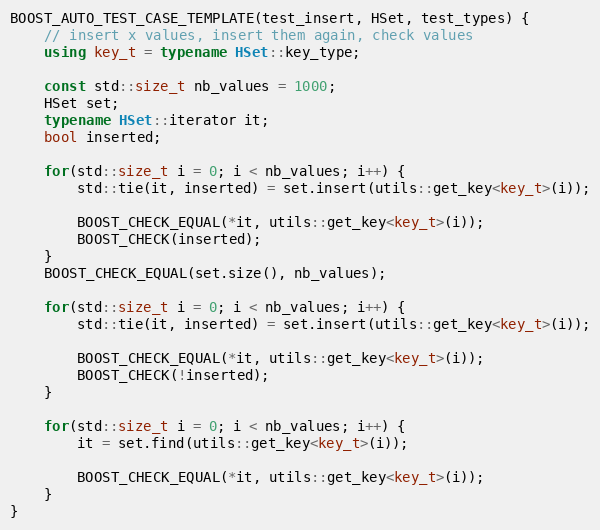
Language: C++
BOOST_AUTO_TEST_CASE_TEMPLATE(test_insert, HSet, test_types) {
    // insert x values, insert them again, check values
    using key_t = typename HSet::key_type;

    const std::size_t nb_values = 1000;
    HSet set;
    typename HSet::iterator it;
    bool inserted;

    for(std::size_t i = 0; i < nb_values; i++) {
        std::tie(it, inserted) = set.insert(utils::get_key<key_t>(i));

        BOOST_CHECK_EQUAL(*it, utils::get_key<key_t>(i));
        BOOST_CHECK(inserted);
    }
    BOOST_CHECK_EQUAL(set.size(), nb_values);

    for(std::size_t i = 0; i < nb_values; i++) {
        std::tie(it, inserted) = set.insert(utils::get_key<key_t>(i));

        BOOST_CHECK_EQUAL(*it, utils::get_key<key_t>(i));
        BOOST_CHECK(!inserted);
    }

    for(std::size_t i = 0; i < nb_values; i++) {
        it = set.find(utils::get_key<key_t>(i));

        BOOST_CHECK_EQUAL(*it, utils::get_key<key_t>(i));
    }
}